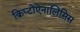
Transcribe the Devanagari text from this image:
क्रिप्टोऐनालिसिस